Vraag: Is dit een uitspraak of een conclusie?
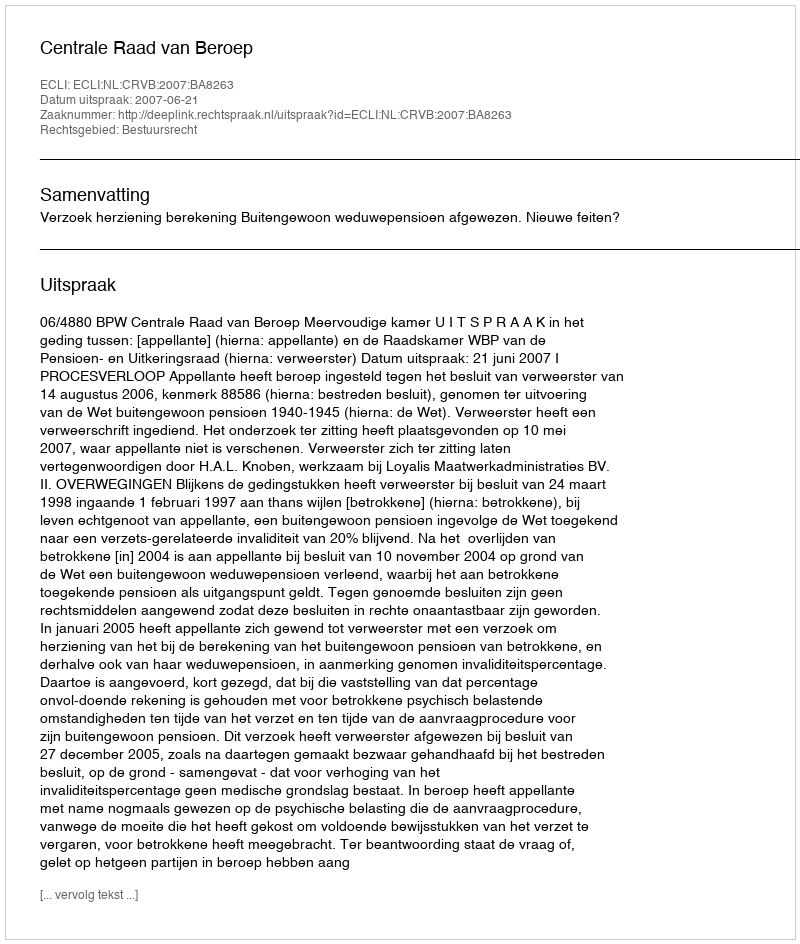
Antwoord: Uitspraak